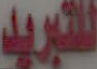
للتبريد